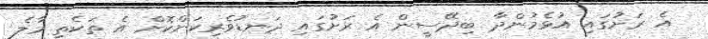
އެ ރަށުގައި އުޅެމުންދާ ބިދޭސީން އެ ރަށުގައި ދަނޑުވެރިކަންކޮށް އެ ތަކެތި މާލެ